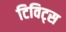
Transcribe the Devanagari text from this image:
टिविट्स